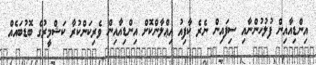
އިންޑިއާއިން ފުލުހުންނާއި ސިފައިން ނެރެ ކާފިއު އިޢްލާންކޮށް އިންޑިއާއިން ވެރިކަންކުރާ ކަޝްމީރުގެ ބޮޑުބައެއް